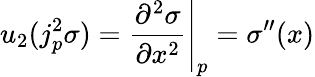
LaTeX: u_{2}(j_{p}^{2}\sigma)=\left.{\frac{\partial^{2}\sigma}{\partial x^{2}}}\right|_{p}=\sigma^{\prime\prime}(x)